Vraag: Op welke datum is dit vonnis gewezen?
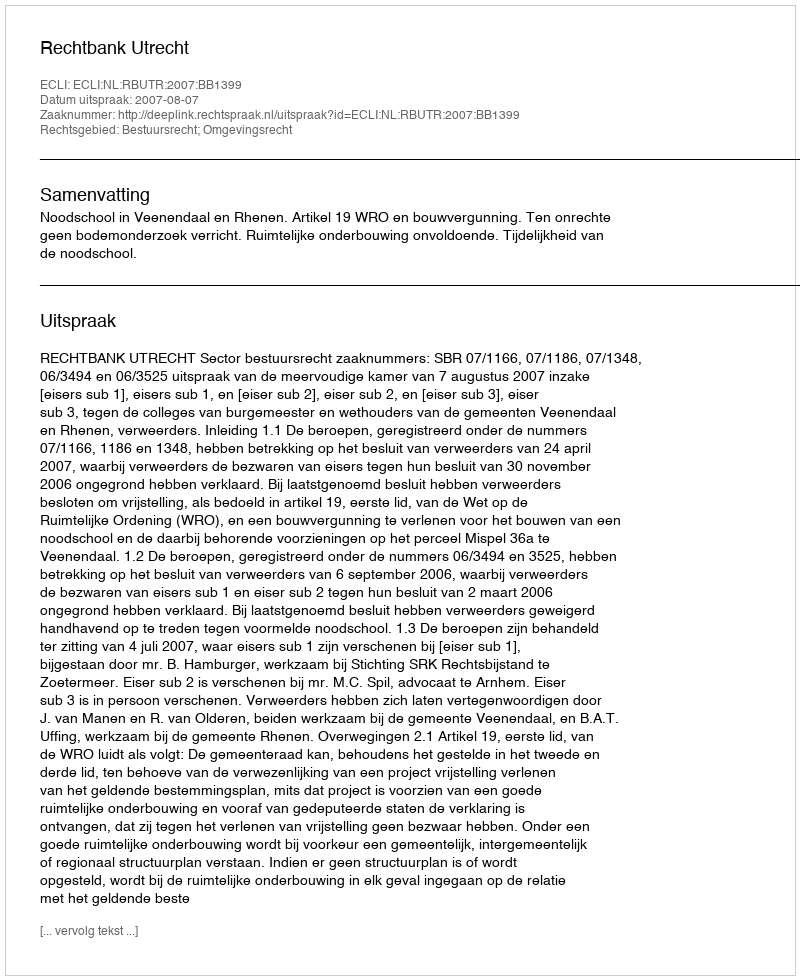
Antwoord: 2007-08-07